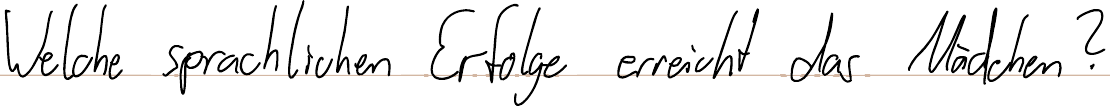
Welche sprachlichen Erfolge erreicht das Mädchen?